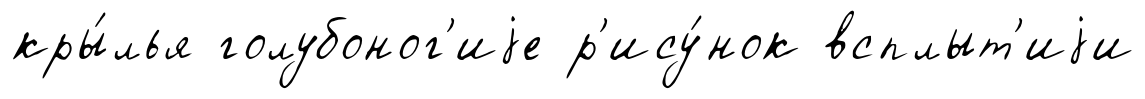
кры́лья голубоног'иjе р'ису́нок всплыт'иjи